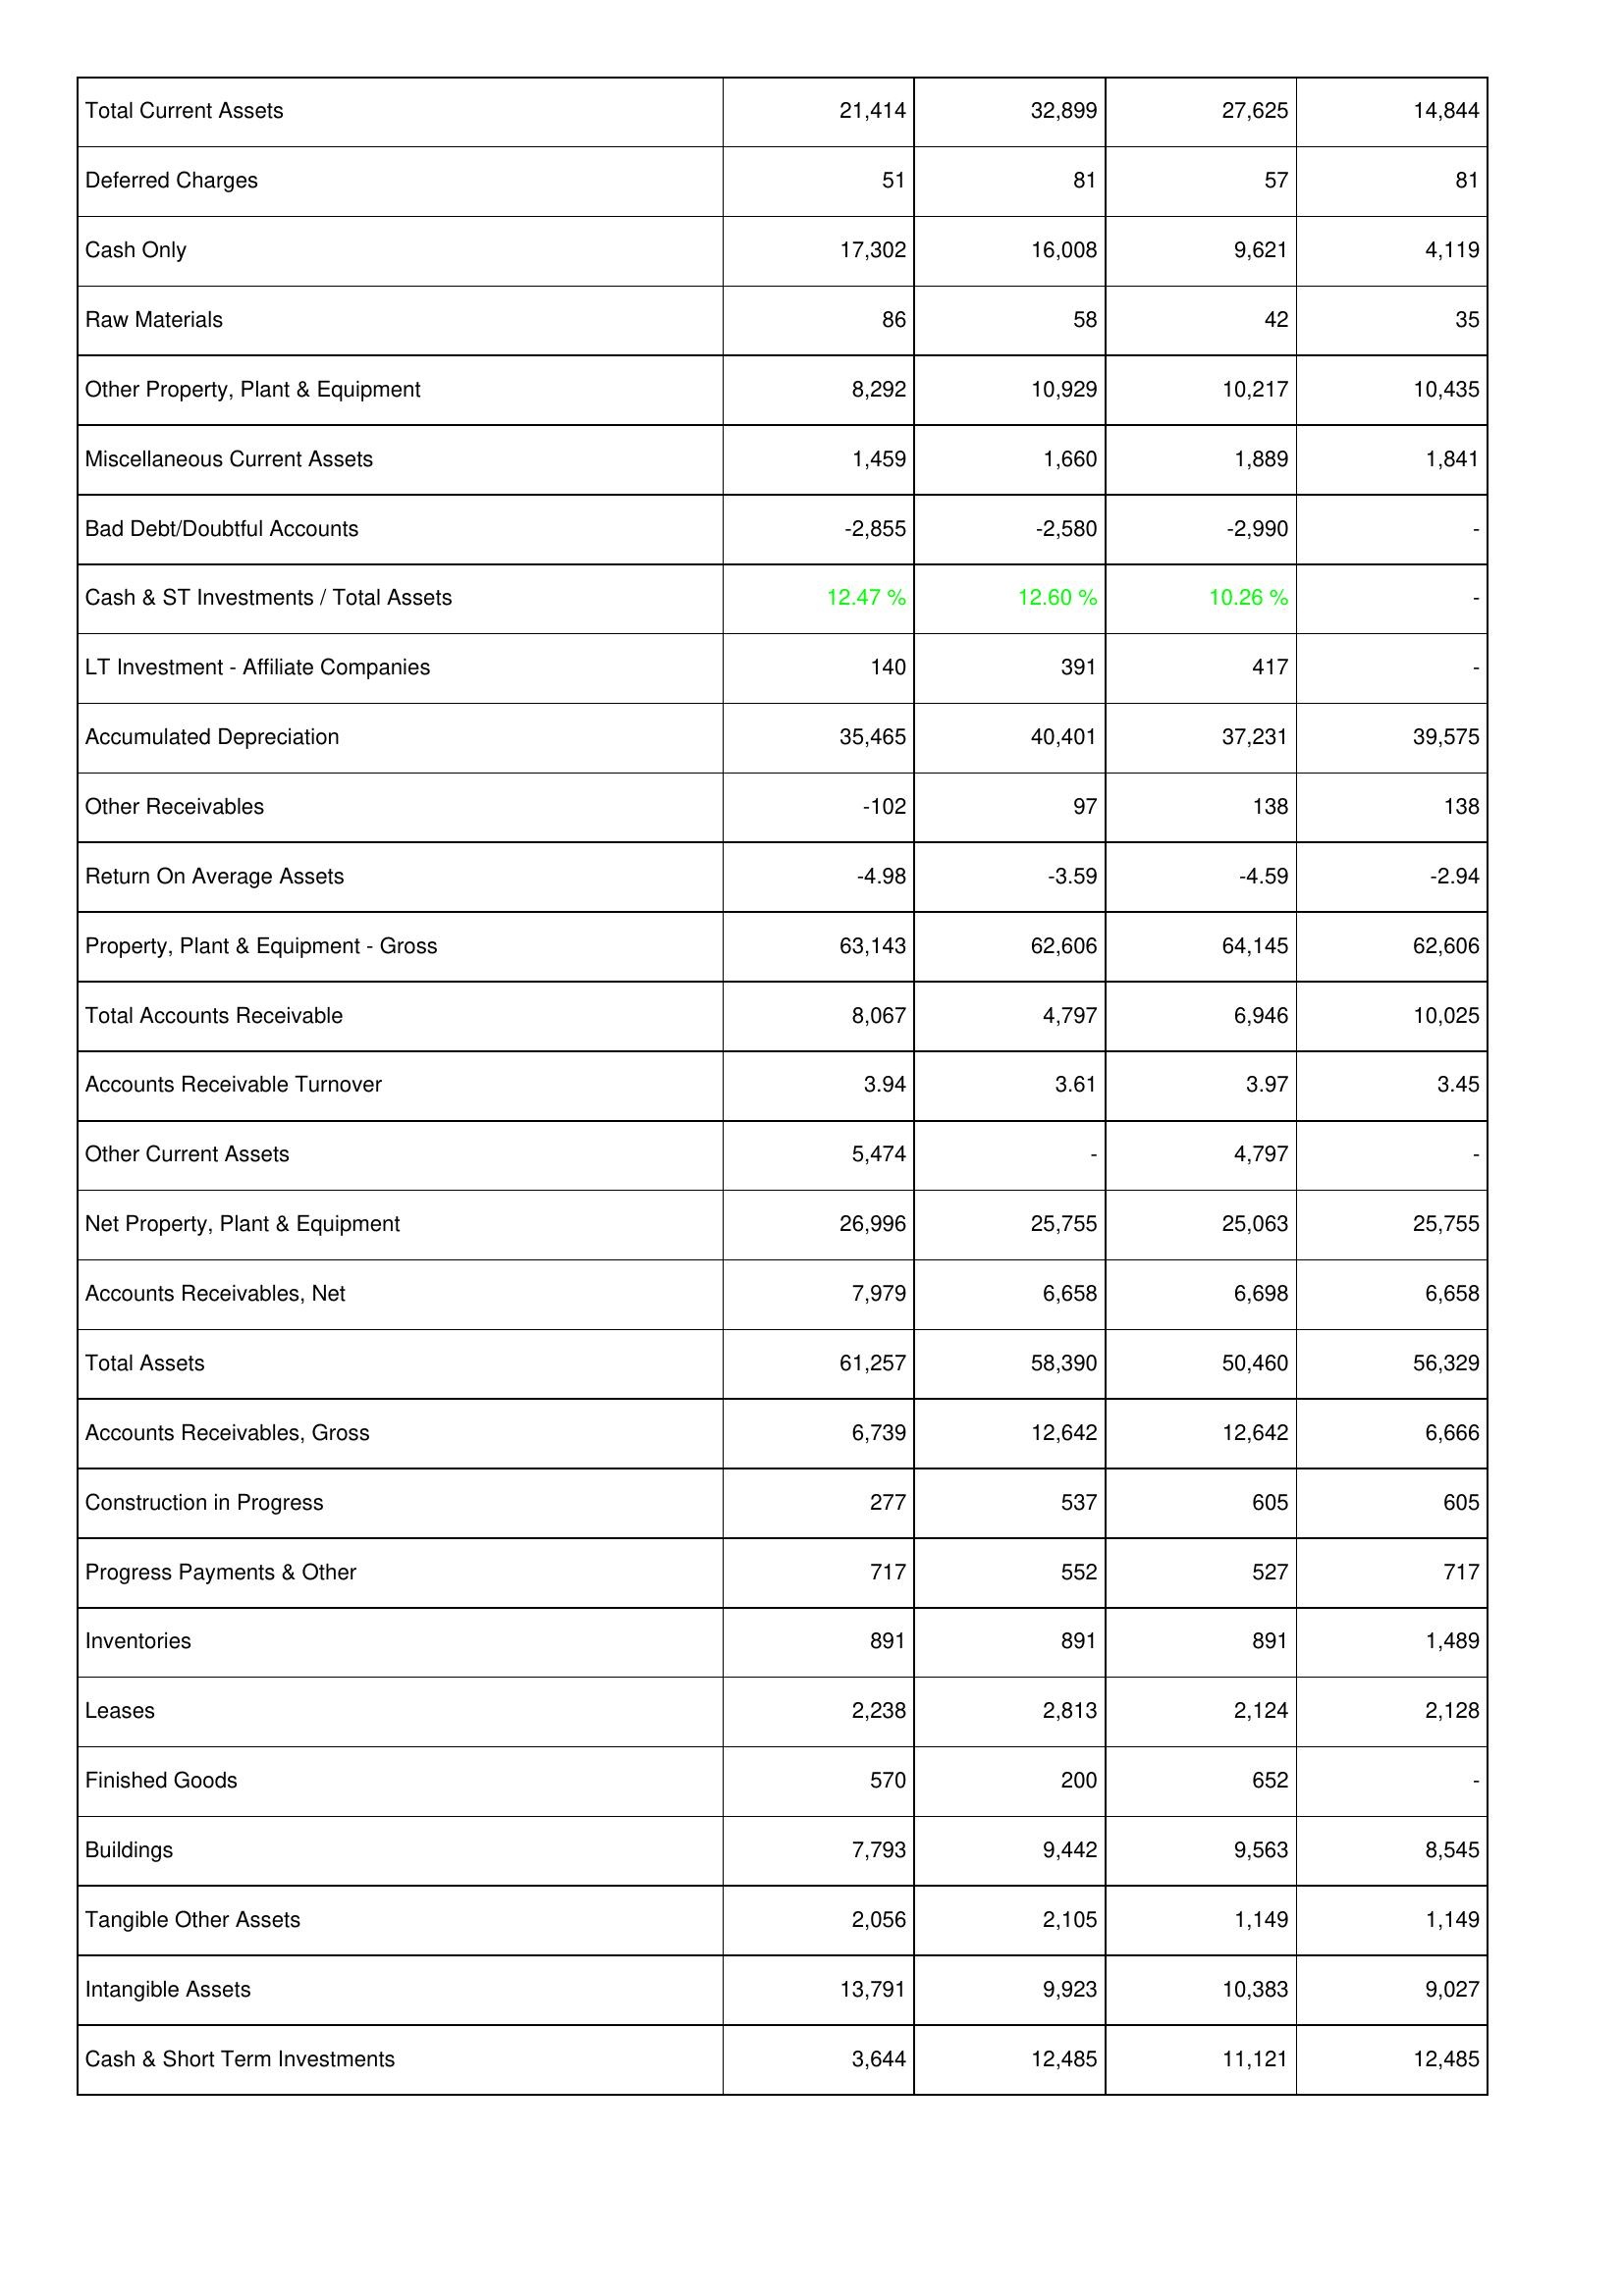
2021: Assets: Total Current Assets: 21,414
Deferred Charges: 51
Cash Only: 17,302
Raw Materials: 86
Other Property, Plant & Equipment: 8,292
Miscellaneous Current Assets: 1,459
Bad Debt/Doubtful Accounts: -2,855
Cash & ST Investments / Total Assets: 12.47 %
LT Investment - Affiliate Companies: 140
Accumulated Depreciation: 35,465
Other Receivables: -102
Return On Average Assets: -4.98
Property, Plant & Equipment - Gross: 63,143
Total Accounts Receivable: 8,067
Accounts Receivable Turnover: 3.94
Other Current Assets: 5,474
Net Property, Plant & Equipment: 26,996
Accounts Receivables, Net: 7,979
Total Assets: 61,257
Accounts Receivables, Gross: 6,739
Construction in Progress: 277
Progress Payments & Other: 717
Inventories: 891
Leases: 2,238
Finished Goods: 570
Buildings: 7,793
Tangible Other Assets: 2,056
Intangible Assets: 13,791
Cash & Short Term Investments: 3,644
2022: Assets: Total Current Assets: 32,899
Deferred Charges: 81
Cash Only: 16,008
Raw Materials: 58
Other Property, Plant & Equipment: 10,929
Miscellaneous Current Assets: 1,660
Bad Debt/Doubtful Accounts: -2,580
Cash & ST Investments / Total Assets: 12.60 %
LT Investment - Affiliate Companies: 391
Accumulated Depreciation: 40,401
Other Receivables: 97
Return On Average Assets: -3.59
Property, Plant & Equipment - Gross: 62,606
Total Accounts Receivable: 4,797
Accounts Receivable Turnover: 3.61
Other Current Assets: -
Net Property, Plant & Equipment: 25,755
Accounts Receivables, Net: 6,658
Total Assets: 58,390
Accounts Receivables, Gross: 12,642
Construction in Progress: 537
Progress Payments & Other: 552
Inventories: 891
Leases: 2,813
Finished Goods: 200
Buildings: 9,442
Tangible Other Assets: 2,105
Intangible Assets: 9,923
Cash & Short Term Investments: 12,485
2023: Assets: Total Current Assets: 27,625
Deferred Charges: 57
Cash Only: 9,621
Raw Materials: 42
Other Property, Plant & Equipment: 10,217
Miscellaneous Current Assets: 1,889
Bad Debt/Doubtful Accounts: -2,990
Cash & ST Investments / Total Assets: 10.26 %
LT Investment - Affiliate Companies: 417
Accumulated Depreciation: 37,231
Other Receivables: 138
Return On Average Assets: -4.59
Property, Plant & Equipment - Gross: 64,145
Total Accounts Receivable: 6,946
Accounts Receivable Turnover: 3.97
Other Current Assets: 4,797
Net Property, Plant & Equipment: 25,063
Accounts Receivables, Net: 6,698
Total Assets: 50,460
Accounts Receivables, Gross: 12,642
Construction in Progress: 605
Progress Payments & Other: 527
Inventories: 891
Leases: 2,124
Finished Goods: 652
Buildings: 9,563
Tangible Other Assets: 1,149
Intangible Assets: 10,383
Cash & Short Term Investments: 11,121
2024: Assets: Total Current Assets: 14,844
Deferred Charges: 81
Cash Only: 4,119
Raw Materials: 35
Other Property, Plant & Equipment: 10,435
Miscellaneous Current Assets: 1,841
Bad Debt/Doubtful Accounts: -
Cash & ST Investments / Total Assets: -
LT Investment - Affiliate Companies: -
Accumulated Depreciation: 39,575
Other Receivables: 138
Return On Average Assets: -2.94
Property, Plant & Equipment - Gross: 62,606
Total Accounts Receivable: 10,025
Accounts Receivable Turnover: 3.45
Other Current Assets: -
Net Property, Plant & Equipment: 25,755
Accounts Receivables, Net: 6,658
Total Assets: 56,329
Accounts Receivables, Gross: 6,666
Construction in Progress: 605
Progress Payments & Other: 717
Inventories: 1,489
Leases: 2,128
Finished Goods: -
Buildings: 8,545
Tangible Other Assets: 1,149
Intangible Assets: 9,027
Cash & Short Term Investments: 12,485